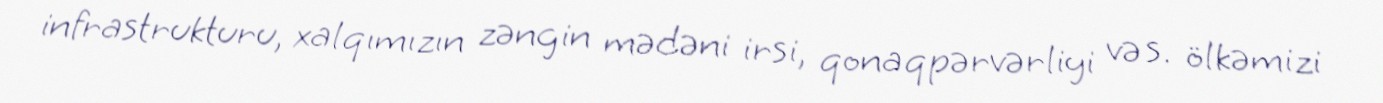
infrastrukturu, xalqımızın zəngin mədəni irsi, qonaqpərvərliyi və s. ölkəmizi